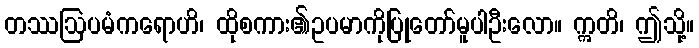
တဿဩပမံကရောဟိ၊ ထိုစကား၏ဥပမာကိုပြုတော်မူပါဦးလော။ ဣတိ၊ ဤသို့။